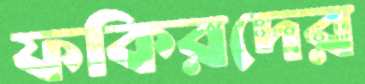
ফকিরদের